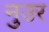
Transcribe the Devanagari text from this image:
नुउर